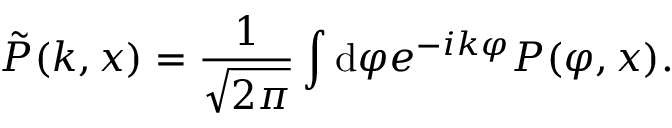
\tilde { P } ( k , x ) = \frac { 1 } { \sqrt { 2 \pi } } \int \mathrm { d } \varphi e ^ { - i k \varphi } P ( \varphi , x ) .